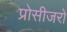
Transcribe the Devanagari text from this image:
प्रोसीजरों